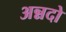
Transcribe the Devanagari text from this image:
अन्नदो